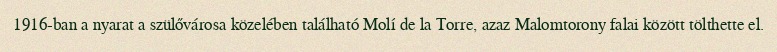
1916-ban a nyarat a szülővárosa közelében található Molí de la Torre, azaz Malomtorony falai között tölthette el.